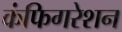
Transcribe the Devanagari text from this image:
कंफिगरेशन